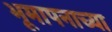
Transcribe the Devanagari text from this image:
भूमापनाच्या